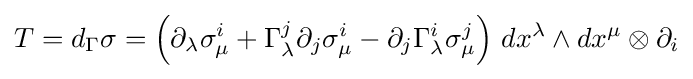
T=d_{\Gamma }\sigma =\left(\partial _{\lambda }\sigma _{\mu }^{i}+\Gamma _{\lambda }^{j}\partial _{j}\sigma _{\mu }^{i}-\partial _{j}\Gamma _{\lambda }^{i}\sigma _{\mu }^{j}\right)\,dx^{\lambda }\wedge dx^{\mu }\otimes \partial _{i}